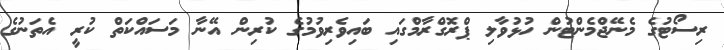
ރިސޯޓުގެ މެނޭޖްމެންޓުން ހުޅުވާލި ޕްރޮގްރާމްގައި ބައިވެރިވުމުގެ ކުރިން އޭނާ މަސައްކަތް ކުރީ އެތަނުގެ